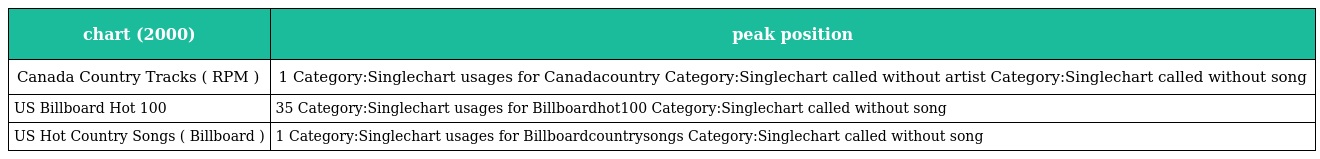
| chart (2000) | peak position |
 | --- | --- |
 | Canada Country Tracks ( RPM ) | 1 Category:Singlechart usages for Canadacountry Category:Singlechart called without artist Category:Singlechart called without song |
 | US Billboard Hot 100 | 35 Category:Singlechart usages for Billboardhot100 Category:Singlechart called without song |
 | US Hot Country Songs ( Billboard ) | 1 Category:Singlechart usages for Billboardcountrysongs Category:Singlechart called without song |